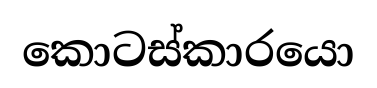
කොටස්කාරයො